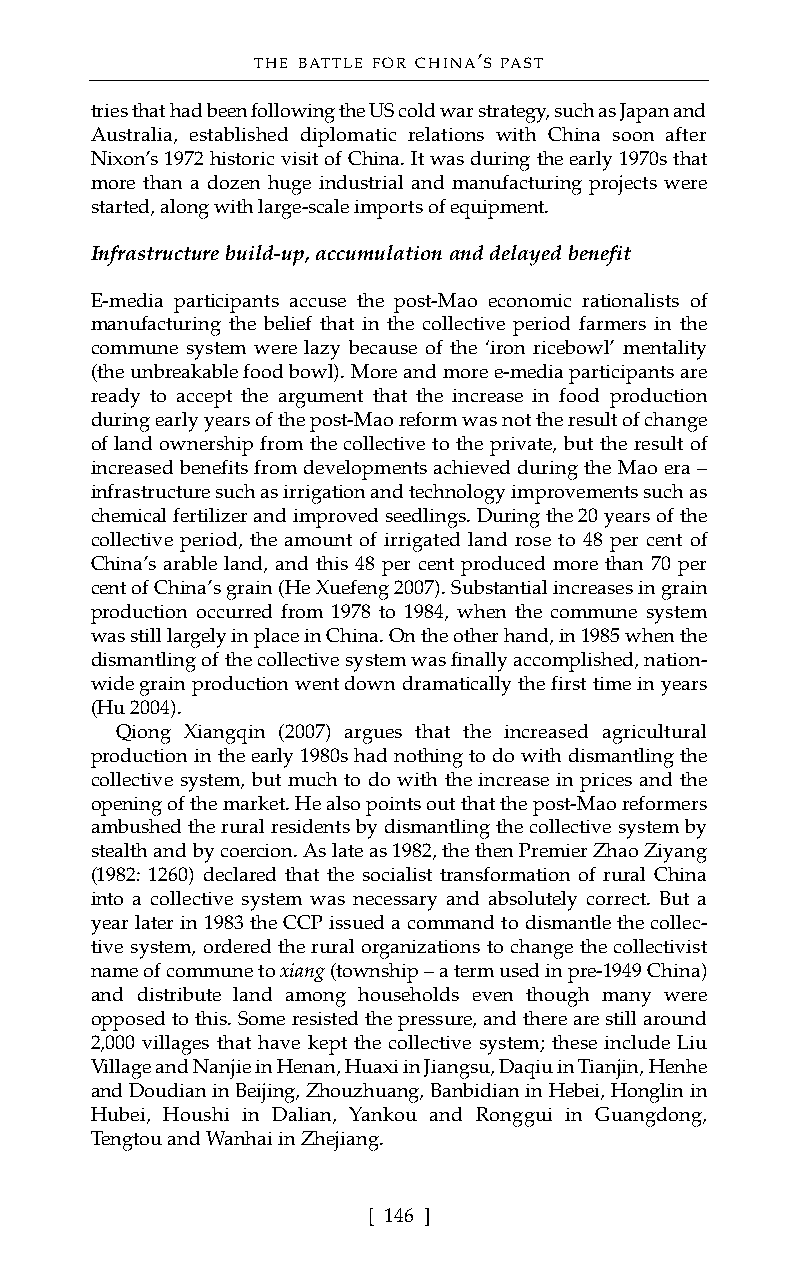
THE BATTLE FOR CHINA’S PAST
 tries that had been following the US cold war strategy, such as Japan and
 Australia, established diplomatic relations with China soon after
 Nixon’s 1972 historic visit of China. It was during the early 1970s that
 more than a dozen huge industrial and manufacturing projects were
 started, along with large-scale imports of equipment.
 Infrastructure build-up, accumulation and delayed benefit
 E-media participants accuse the post-Mao economic rationalists of
 manufacturing the belief that in the collective period farmers in the
 commune system were lazy because of the ‘iron ricebowl’ mentality
 (the unbreakable food bowl). More and more e-media participants are
 ready to accept the argument that the increase in food production
 during early years of the post-Mao reform was not the result of change
 of land ownership from the collective to the private, but the result of
 increased benefits from developments achieved during the Mao era –
 infrastructure such as irrigation and technology improvements such as
 chemical fertilizer and improved seedlings. During the 20 years of the
 collective period, the amount of irrigated land rose to 48 per cent of
 China’s arable land, and this 48 per cent produced more than 70 per
 cent of China’s grain (He Xuefeng 2007).Substantial increases in grain
 production occurred from 1978 to 1984, when the commune system
 was still largely in place in China. On the other hand, in 1985 when the
 dismantling of the collective system was finally accomplished, nation-
 wide grain production went down dramatically the first time in years
 (Hu 2004).
 Qiong Xiangqin (2007) argues that the increased agricultural
 production in the early 1980s had nothing to do with dismantling the
 collective system, but much to do with the increase in prices and the
 opening of the market. He also points out that the post-Mao reformers
 ambushed the rural residents by dismantling the collective system by
 stealth and by coercion. As late as 1982, the then Premier Zhao Ziyang
 (1982: 1260) declared that the socialist transformation of rural China
 into a collective system was necessary and absolutely correct. But a
 year later in 1983 the CCP issued a command to dismantle the collec-
 tive system, ordered the rural organizations to change the collectivist
 name of commune to xiang(township – a term used in pre-1949 China)
 and distribute land among households even though many were
 opposed to this. Some resisted the pressure, and there are still around
 2,000 villages that have kept the collective system; these include Liu
 Village and Nanjie in Henan, Huaxi in Jiangsu, Daqiu in Tianjin, Henhe
 and Doudian in Beijing, Zhouzhuang, Banbidian in Hebei, Honglin in
 Hubei, Houshi in Dalian, Yankou and Ronggui in Guangdong,
 Tengtou and Wanhai in Zhejiang.
 [ 146 ]